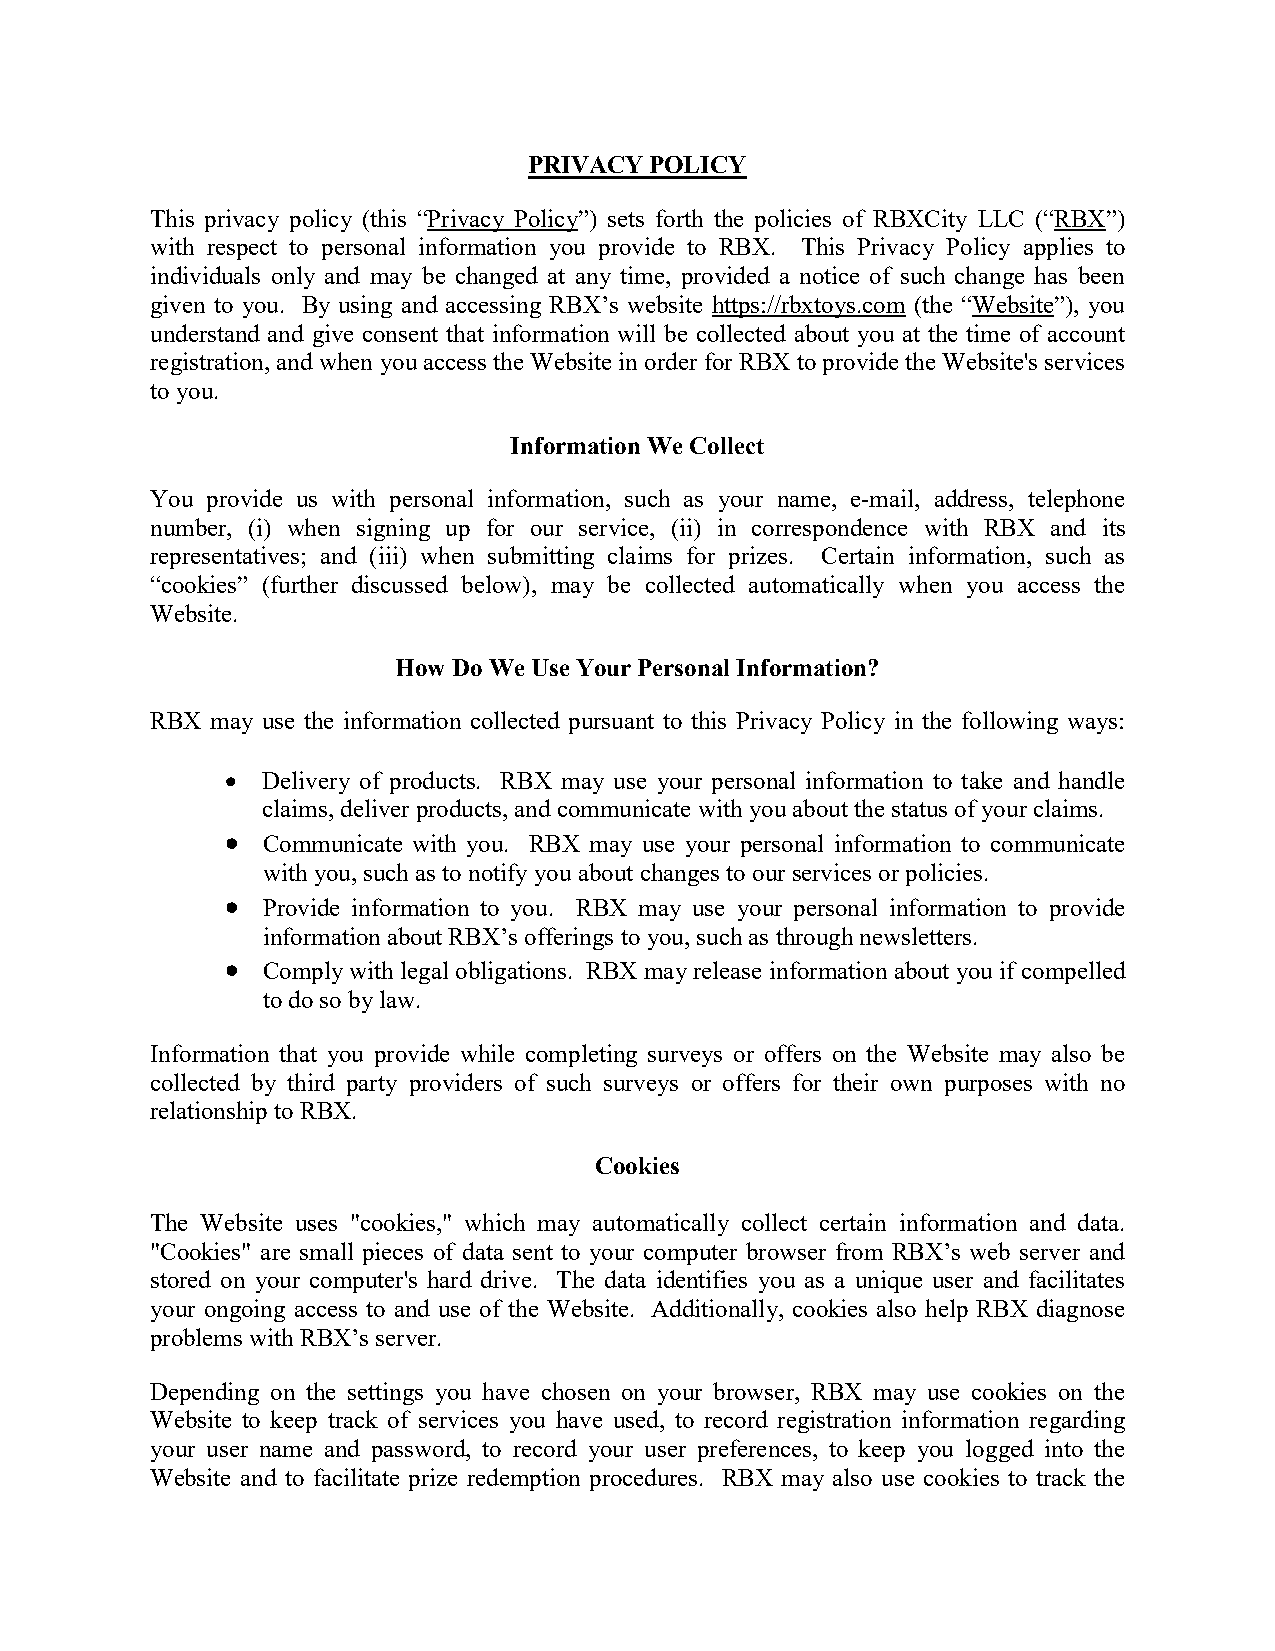
PRIVACY POLICY
 This privacy policy (this “Privacy Policy”) sets forth the policies of RBXCity LLC (“RBX”)
 with respect to personal information you provide to RBX. This Privacy Policy applies to
 individuals only and may be changed at any time, provided a notice of such change has been
 given to you. By using and accessing RBX’s website https://rbxtoys.com (the “Website”), you
 understand and give consent that information will be collected about you at the time of account
 registration, and when you access the Website in order for RBX to provide the Website's services
 to you.
 Information We Collect
 You provide us with personal information, such as your name, e-mail, address, telephone
 number, (i) when signing up for our service, (ii) in correspondence with RBX and its
 representatives; and (iii) when submitting claims for prizes. Certain information, such as
 “cookies” (further discussed below), may be collected automatically when you access the
 Website.
 How Do We Use Your Personal Information?
 RBX may use the information collected pursuant to this Privacy Policy in the following ways:
 • Delivery of products. RBX may use your personal information to take and handle
 claims, deliver products, and communicate with you about the status of your claims.
 • Communicate with you. RBX may use your personal information to communicate
 with you, such as to notify you about changes to our services or policies.
 • Provide information to you. RBX may use your personal information to provide
 information about RBX’s offerings to you, such as through newsletters.
 • Comply with legal obligations. RBX may release information about you if compelled
 to do so by law.
 Information that you provide while completing surveys or offers on the Website may also be
 collected by third party providers of such surveys or offers for their own purposes with no
 relationship to RBX.
 Cookies
 The Website uses "cookies," which may automatically collect certain information and data.
 "Cookies" are small pieces of data sent to your computer browser from RBX’s web server and
 stored on your computer's hard drive. The data identifies you as a unique user and facilitates
 your ongoing access to and use of the Website. Additionally, cookies also help RBX diagnose
 problems with RBX’s server.
 Depending on the settings you have chosen on your browser, RBX may use cookies on the
 Website to keep track of services you have used, to record registration information regarding
 your user name and password, to record your user preferences, to keep you logged into the
 Website and to facilitate prize redemption procedures. RBX may also use cookies to track the